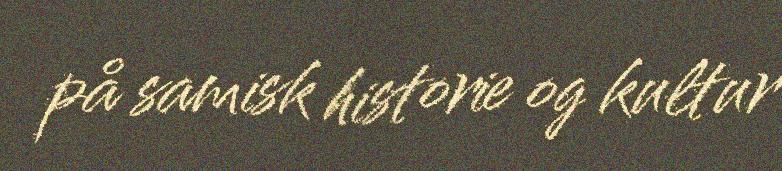
på samisk historie og kultur